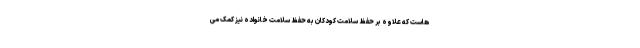
هاست که علاوه بر حفظ سلامت کودکان به حفظ سلامت خانواده نیز کمک می